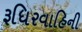
રૂધિરવાહિની